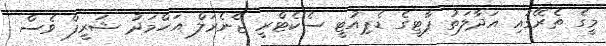
މީގެ ތެރޭގައި އަދާލަތު ޕާޓީގެ ޑެޕިއުޓީ ސެކެޓްރީ ޖެނެރަލް އަހްމަދު ޝަރީފް ވެސް